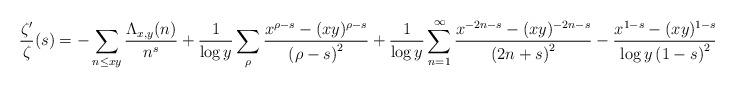
LaTeX: \begin{align*}\frac{\zeta'}{\zeta}(s) = -\sum_{n\leq xy}\frac{\Lambda_{x,y}(n)}{n^s} + \frac{1}{\log{y}}\sum_{\rho}\frac{x^{\rho-s}-(xy)^{\rho-s}}{\left(\rho-s\right)^{2}} + \frac{1}{\log{y}}\sum_{n=1}^{\infty}\frac{x^{-2n-s}-(xy)^{-2n-s}}{\left(2n+s\right)^{2}}-\frac{x^{1-s}-(xy)^{1-s}}{\log y\left(1-s\right)^{2}}.\end{align*}